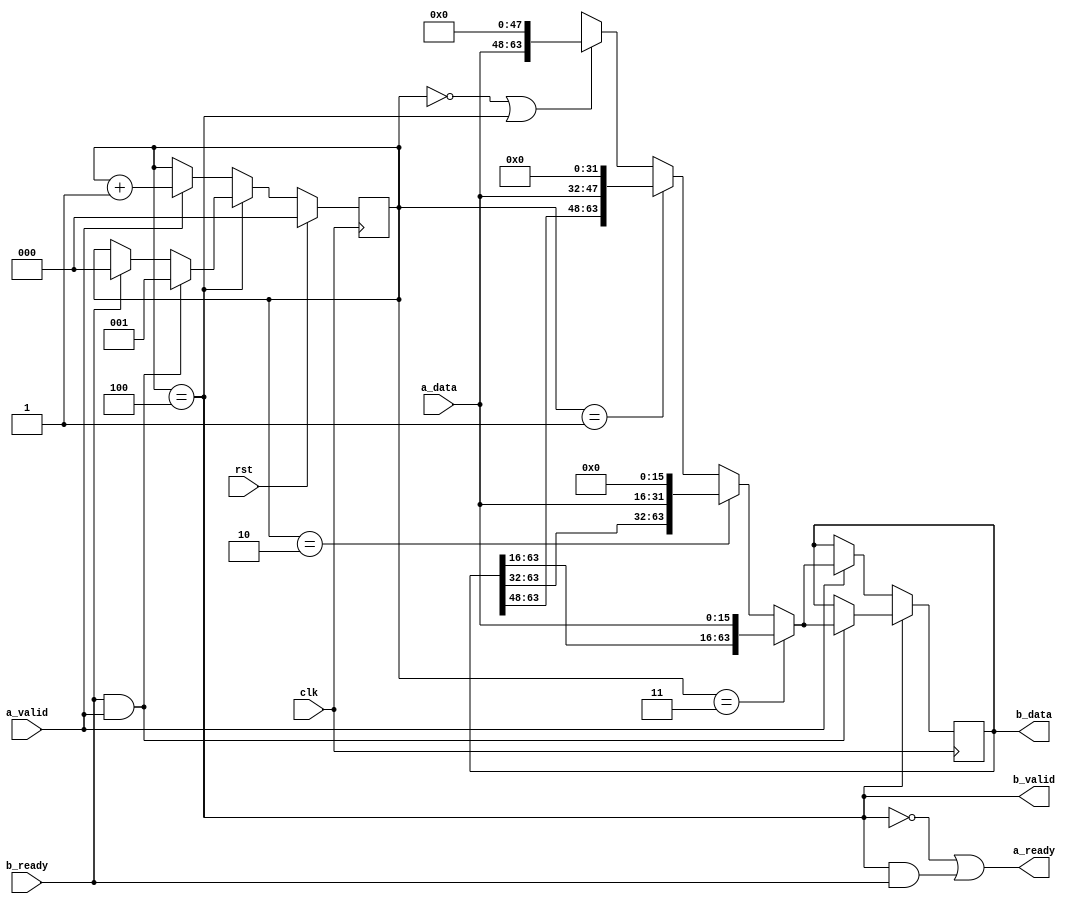
module fifo_1d_16to64(
    input  wire         clk,
    input  wire         rst,
    // Incoming port
    input  wire [15:0]  a_data,
    input  wire         a_valid,
    output wire         a_ready,
    // Outgoing port
    output wire [63:0]  b_data,
    output wire         b_valid,
    input  wire         b_ready
);
    // Store from higher order byte to lower order
    reg [63:0] fifo;
    reg [2:0] fifo_level;
    wire fifo_full = (fifo_level == 4);

    wire [63:0] new_data =
            (fifo_level == 3) ? {fifo[63:16], a_data} :
            (fifo_level == 2) ? {fifo[63:32], a_data, 16'b0} :
            (fifo_level == 1) ? {fifo[63:48], a_data, 32'b0} :
            ((fifo_level == 0) || (fifo_level == 4)) ? {a_data, 48'b0} : 64'bx;

    always @(posedge clk) begin
        if (fifo_full) begin
            if (b_ready && a_valid) begin
                // Output ready, input valid, shiftin new data
                fifo <= new_data;
                fifo_level <= 1;
            end
            else if (b_ready) begin
                // Output ready, no input, output data
                fifo_level <= 0;
            end
        end
        else begin
            // Not full, output not valid, input ready
            if (a_valid) begin
                fifo <= new_data;
                fifo_level <= fifo_level + 1;
            end
        end

        if (rst) begin
            fifo_level <= 0;
        end
    end

    // RX data if fifo is empty
    assign a_ready = !fifo_full || (fifo_full && b_ready);
    assign b_valid = fifo_full;
    assign b_data = fifo;

endmodule